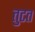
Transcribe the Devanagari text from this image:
तुटत